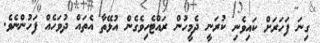
ގިނަ ފަހަރަށް ކައިވެނި ކުރަނީ ދެމީހުން ރައްޓެހިވެގެން އުޅޭތާ އެތައް ދުވަހެއް ފަހުންނެވެ.